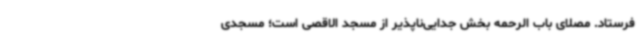
فرستاد. مصلای باب الرحمه بخش جدایی‌ناپذیر از مسجد الاقصی است؛ مسجدی